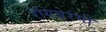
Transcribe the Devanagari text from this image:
रंगिबेरंगी